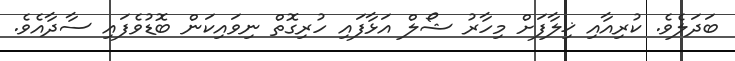
ބަދަލެވެ. ކުރިއާއި ޚިލާފަށް މިހާރު ޝޯލް އަޅާފައި ހުރިގޮތް ނިވައިކަން ބޮޑުވެފައި ސާދާއެވެ.